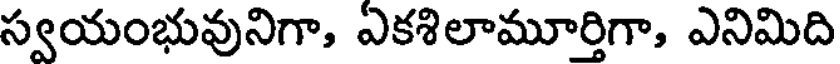
స్వయంభువునిగా, ఏకశిలామూర్తిగా, ఎనిమిది